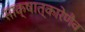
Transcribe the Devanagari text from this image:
साक्षात्कारेणैव